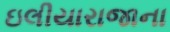
ઇલીયારાજાના